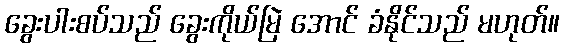
ခွေးပါးစပ်သည် ခွေးကိုယ်မြဲ အောင် ခံနိုင်သည် မဟုတ်။